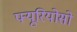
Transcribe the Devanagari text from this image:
फ्यूरियोसो